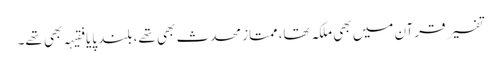
تفسیر قرآن میں بھی ملکہ تھا، ممتاز محدث بھی تھے، بلند پایا فقیہہ بھی تھے۔